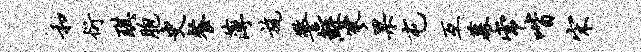
和衍琪胞史餐薄旄警鲧寥果屯互幕常喈宋